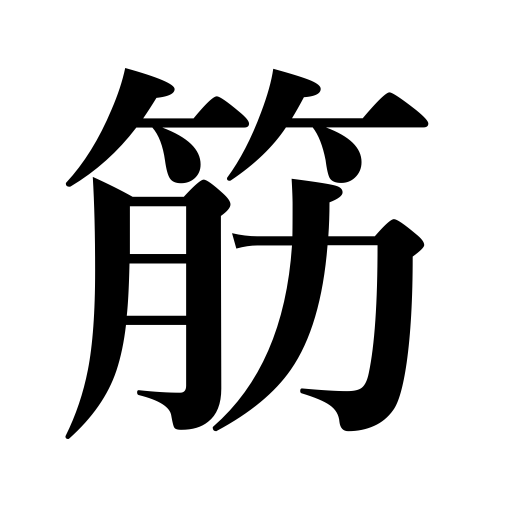
Meanings: reason,line,streak,stripe,tendon,sequence,sinew,thread,string,grain,descent,fiber,muscle,sources,texture,stock,lineage,logic,plot,authorities,plan,quarters,strain,vein,circumstances